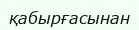
қабырғасынан